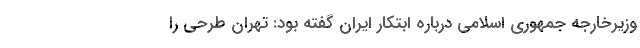
وزیرخارجه جمهوری اسلامی درباره ابتکار ایران گفته بود: تهران طرحی را